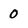
Character: 0